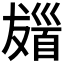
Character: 𩠖